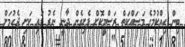
ބިން ހިއްކުމުގެ މަސައްކަތް ރަސްމީކޮށް ފެށިގެން ދާނީ ނެރު ފައި ކަށި ޖެހުމަށް